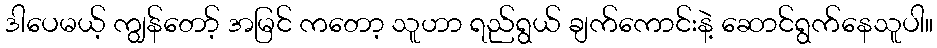
ဒါပေမယ့် ကျွန်တော့် အမြင် ကတော့ သူဟာ ရည်ရွယ် ချက်ကောင်းနဲ့ ဆောင်ရွက်နေသူပါ။